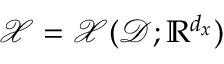
\mathcal { X } = \mathcal { X } ( \mathcal { D } ; \mathbb { R } ^ { d _ { \boldsymbol { x } } } )